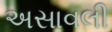
અસાવલી